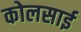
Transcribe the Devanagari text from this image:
कोलसाई